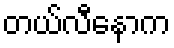
တယ်လီနောက